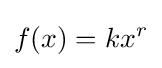
f(x)={kx^{r}}